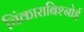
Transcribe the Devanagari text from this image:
चिंकाराबिश्नोई